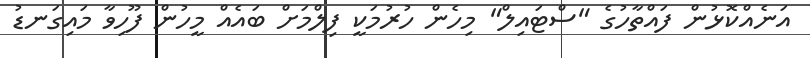
އަނެއްކޮޅުން ފައްތާހުގެ "ސްޓައިލް" މިހެން ހުރުމަކީ ފިލްމަށް ބައެއް މީހުން ފޫހިވާ މައިގަނޑު